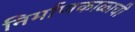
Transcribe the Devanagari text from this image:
निर्माणकाळाची